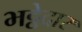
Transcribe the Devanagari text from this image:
भट्ठेदार